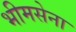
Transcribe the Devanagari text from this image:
भीमसेना